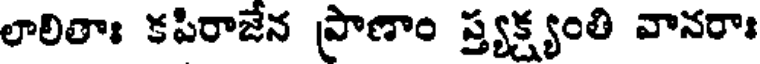
లాలితాః కపిరాజేన ప్రాణాం ప్త్యక్ష్యంతి వానరాః